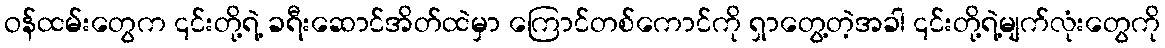
ဝန်ထမ်းတွေက ၎င်းတို့ရဲ့ ခရီးဆောင်အိတ်ထဲမှာ ကြောင်တစ်ကောင်ကို ရှာတွေ့တဲ့အခါ ၎င်းတို့ရဲ့မျက်လုံးတွေကို